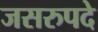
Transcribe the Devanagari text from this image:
जसरुपदे